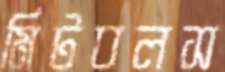
মিটবলস